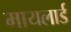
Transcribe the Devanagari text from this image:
मायलार्ड